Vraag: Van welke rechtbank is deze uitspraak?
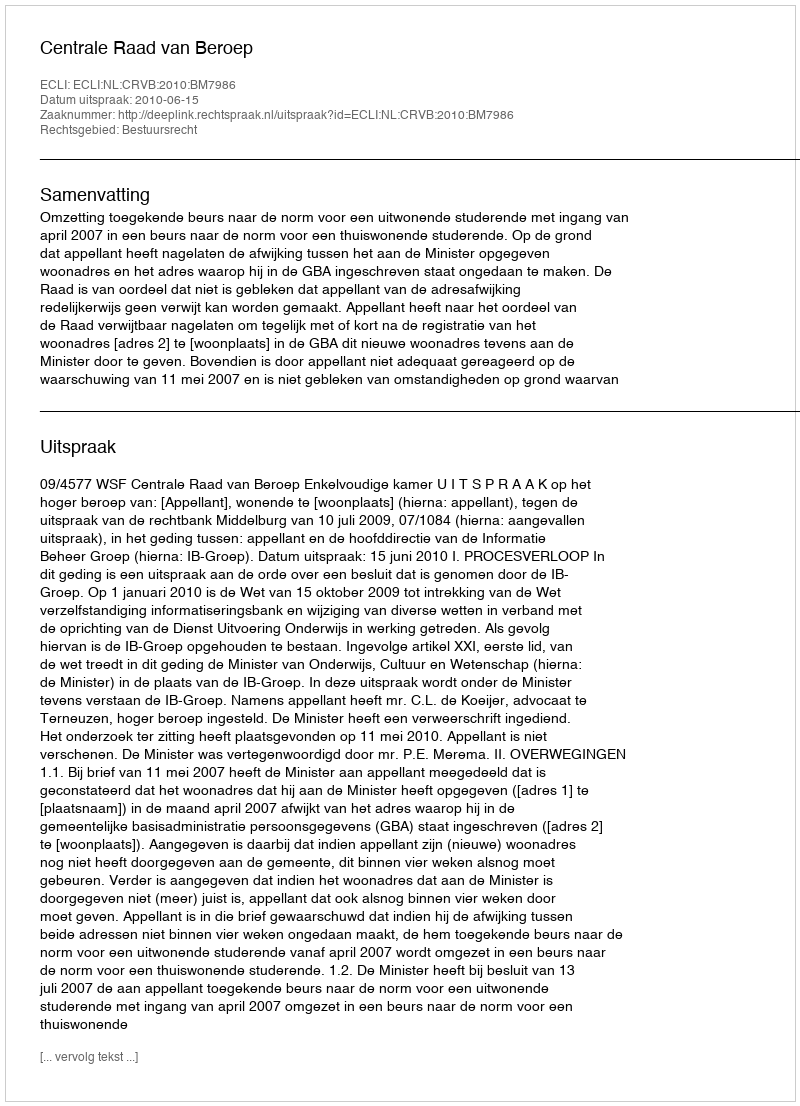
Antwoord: Centrale Raad van Beroep